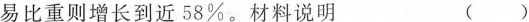
易比重则增长到近58%。材料说明 ( )